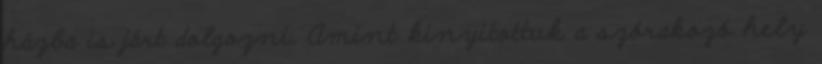
házba is járt dolgozni. Amint kinyitottuk a szórakozó hely